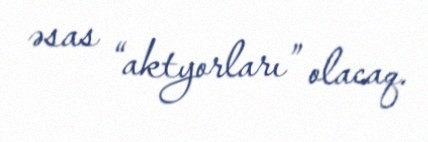
əsas “aktyorları” olacaq.